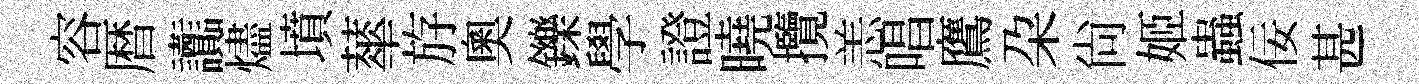
容暦讟燼墳蕐斿奧鑠學證曉攬恙唱鷹朶尚姬蟲佞甚